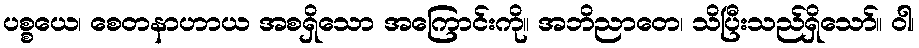
ပစ္စယေ၊ စေတနာဟာယ အစရှိသော အကြောင်းကို။ အဘိညာတေ၊ သိပြီးသည်ရှိသော်။ ဝါ၊